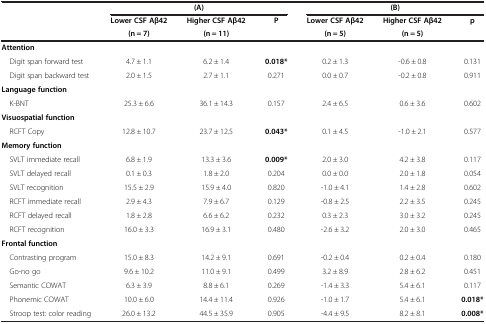
<table><thead><tr><td><b> </b></td><td colspan="2"><b>(A)</b></td><td><b> </b></td><td colspan="2"><b>(B)</b></td><td><b> </b></td></tr><tr><td><b> </b></td><td><b>Lower CSF Aβ42</b></td><td><b>Higher CSF Aβ42</b></td><td><b>P</b></td><td><b>Lower CSF Aβ42</b></td><td><b>Higher CSF Aβ42</b></td><td><b>p</b></td></tr><tr><td><b> </b></td><td><b>(n = 7)</b></td><td><b>(n = 11)</b></td><td><b> </b></td><td><b>(n = 5)</b></td><td><b>(n = 5)</b></td><td><b> </b></td></tr></thead><tbody><tr><td><b>Attention</b></td><td> </td><td> </td><td> </td><td> </td><td> </td><td> </td></tr><tr><td> Digit span forward test</td><td>4.7 ± 1.1</td><td>6.2 ± 1.4</td><td><b>0.018*</b></td><td>0.2 ± 1.3</td><td>-0.6 ± 0.8</td><td>0.131</td></tr><tr><td> Digit span backward test</td><td>2.0 ± 1.5</td><td>2.7 ± 1.1</td><td>0.271</td><td>0.0 ± 0.7</td><td>-0.2 ± 0.8</td><td>0.911</td></tr><tr><td><b>Language function</b></td><td> </td><td> </td><td> </td><td> </td><td> </td><td> </td></tr><tr><td> K-BNT</td><td>25.3 ± 6.6</td><td>36.1 ± 14.3</td><td>0.157</td><td>2.4 ± 6.5</td><td>0.6 ± 3.6</td><td>0.602</td></tr><tr><td><b>Visuospatial function</b></td><td> </td><td> </td><td> </td><td> </td><td> </td><td> </td></tr><tr><td> RCFT Copy</td><td>12.8 ± 10.7</td><td>23.7 ± 12.5</td><td><b>0.043*</b></td><td>0.1 ± 4.5</td><td>-1.0 ± 2.1</td><td>0.577</td></tr><tr><td><b>Memory function</b></td><td> </td><td> </td><td> </td><td> </td><td> </td><td> </td></tr><tr><td> SVLT immediate recall</td><td>6.8 ± 1.9</td><td>13.3 ± 3.6</td><td><b>0.009*</b></td><td>2.0 ± 3.0</td><td>4.2 ± 3.8</td><td>0.117</td></tr><tr><td> SVLT delayed recall</td><td>0.1 ± 0.3</td><td>1.8 ± 2.0</td><td>0.204</td><td>0.0 ± 0.0</td><td>2.0 ± 1.8</td><td>0.054</td></tr><tr><td> SVLT recognition</td><td>15.5 ± 2.9</td><td>15.9 ± 4.0</td><td>0.820</td><td>-1.0 ± 4.1</td><td>1.4 ± 2.8</td><td>0.602</td></tr><tr><td> RCFT immediate recall</td><td>2.9 ± 4.3</td><td>7.9 ± 6.7</td><td>0.129</td><td>-0.8 ± 2.5</td><td>2.2 ± 3.5</td><td>0.245</td></tr><tr><td> RCFT delayed recall</td><td>1.8 ± 2.8</td><td>6.6 ± 6.2</td><td>0.232</td><td>0.3 ± 2.3</td><td>3.0 ± 3.2</td><td>0.245</td></tr><tr><td> RCFT recognition</td><td>16.0 ± 3.3</td><td>16.9 ± 3.1</td><td>0.480</td><td>-2.6 ± 3.2</td><td>2.0 ± 3.0</td><td>0.465</td></tr><tr><td><b>Frontal function</b></td><td> </td><td> </td><td> </td><td> </td><td> </td><td> </td></tr><tr><td> Contrasting program</td><td>15.0 ± 8.3</td><td>14.2 ± 9.1</td><td>0.691</td><td>-0.2 ± 0.4</td><td>0.2 ± 0.4</td><td>0.180</td></tr><tr><td> Go-no go</td><td>9.6 ± 10.2</td><td>11.0 ± 9.1</td><td>0.499</td><td>3.2 ± 8.9</td><td>2.8 ± 6.2</td><td>0.451</td></tr><tr><td> Semantic COWAT</td><td>6.3 ± 3.9</td><td>8.8 ± 6.1</td><td>0.269</td><td>-1.4 ± 3.3</td><td>5.4 ± 6.1</td><td>0.117</td></tr><tr><td> Phonemic COWAT</td><td>10.0 ± 6.0</td><td>14.4 ± 11.4</td><td>0.926</td><td>-1.0 ± 1.7</td><td>5.4 ± 6.1</td><td><b>0.018*</b></td></tr><tr><td> Stroop test: color reading</td><td>26.0 ± 13.2</td><td>44.5 ± 35.9</td><td>0.905</td><td>-4.4 ± 9.5</td><td>8.2 ± 8.1</td><td><b>0.008*</b></td></tr></tbody></table>